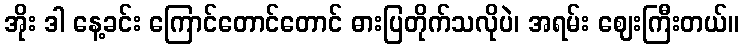
အိုး ဒါ နေ့ခင်း ကြောင်တောင်တောင် ဓားပြတိုက်သလိုပဲ၊ အရမ်း ဈေးကြီးတယ်။